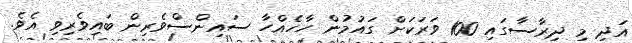
އަދި މި ދިރާސާގައި 100 ވަރަކަށް ގައުމުން ހާހެއްހާ ސައިންސްވެރިން ބައިވެރިވި އެވެ.